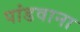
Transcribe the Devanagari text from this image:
पांडवाना